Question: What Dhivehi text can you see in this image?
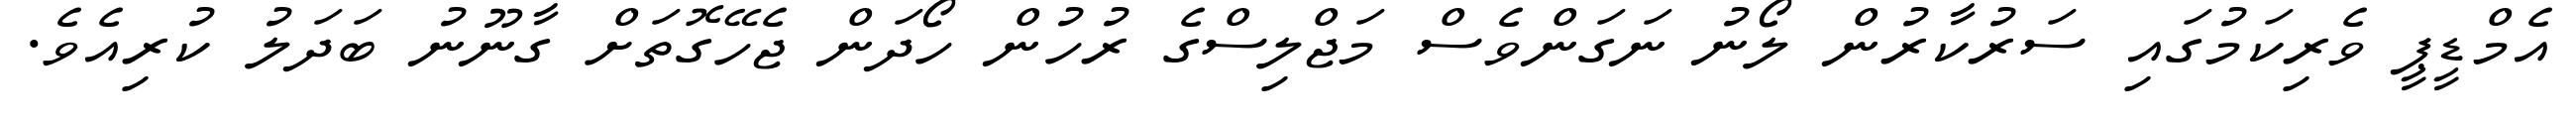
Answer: އެމްޑީޕީ ވެރިކަމުގައި ސަރުކާރުން ލޯނު ނަގަންވެސް މަޖްލިސްގެ ރުހުން ހޯދަން ޖެހޭގޮތަށް ގާނޫނު ބަދަލު ކުރިއެވެ.